V__Kingissepa_nim__kolhoos, lk 55
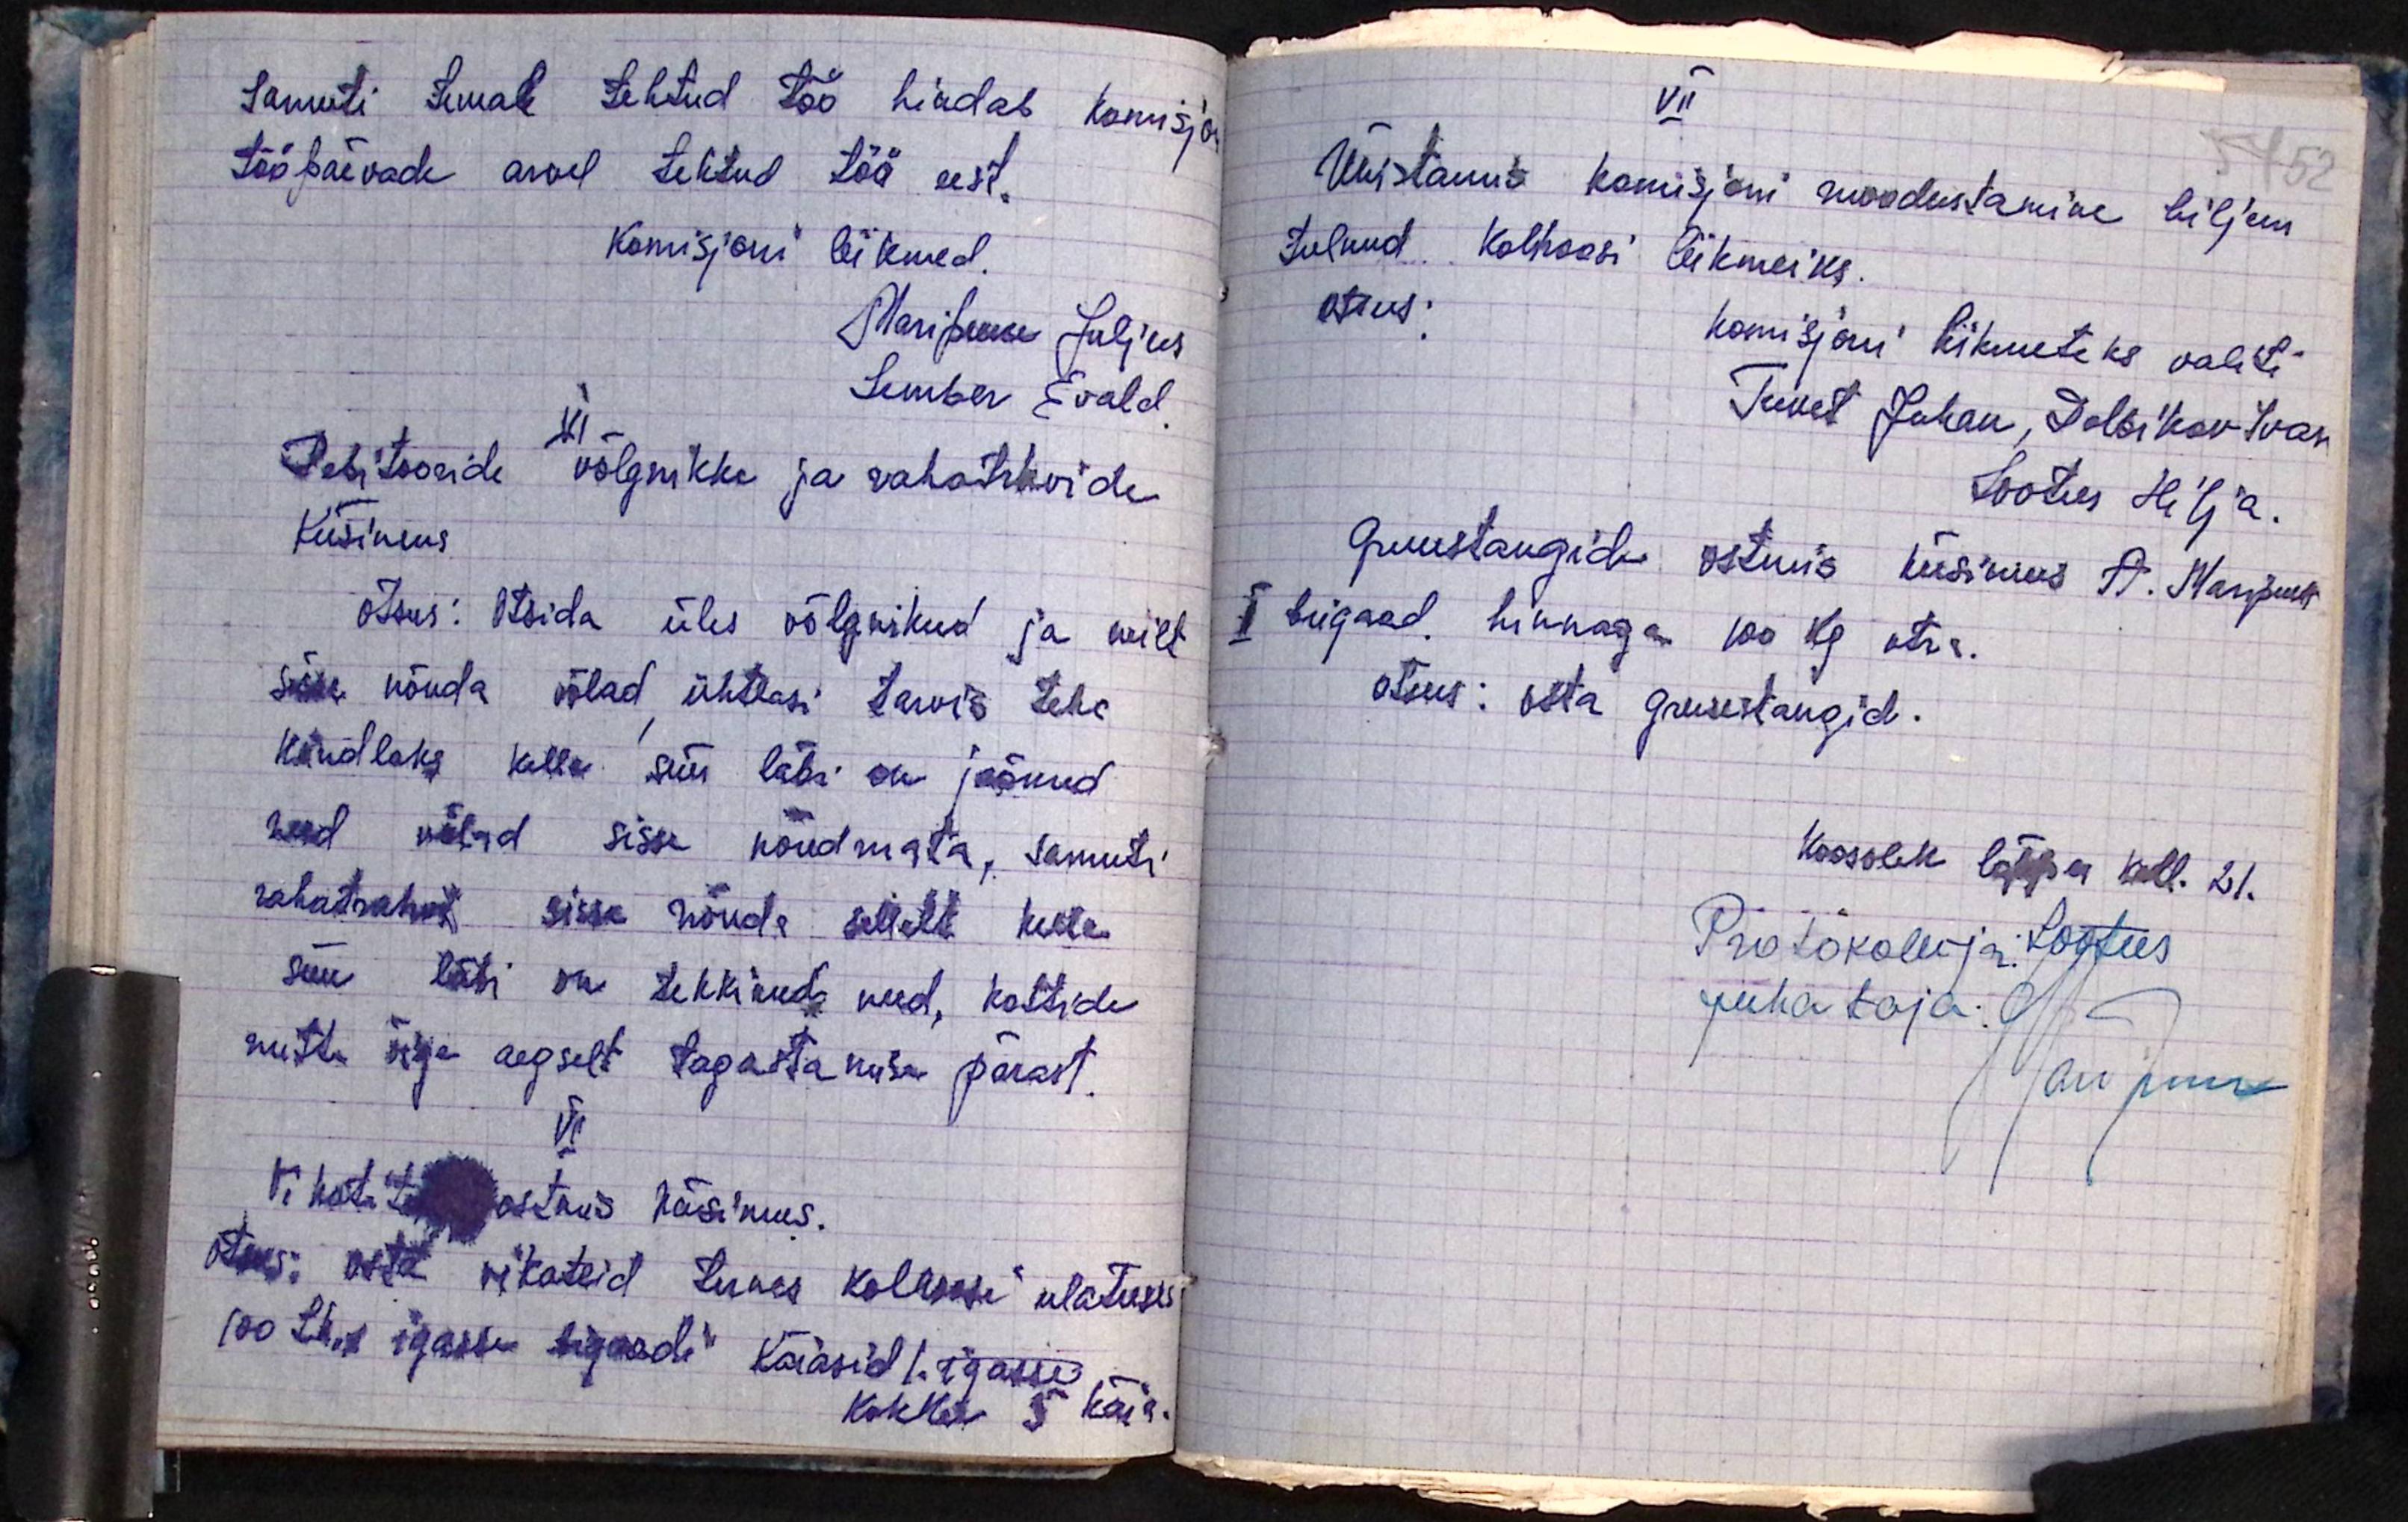
Samuti temale tehtud töö hindab komisjon
tööpäevade arvel tehtud töö eest.
Komisjoni liikmed.
Maripuu Juljus
Lember Evald.
VI
Debitooride võlgnikke ja rahatrhvide
Küsimus
Otsus: Otsida üles võlgnikud ja neilt
sisse nõuda võlad, ühtlasi tarvis teha
kindlaks kelle süü läbi on jäänud
need võlad sisse nõudmata, samuti
rahatrahvid sisse nõuda sellelt kelle
süü läbi on tekkinud need, kottide
mitte õige aegselt tagastamise pärast.
VI
Vikatite ostmis küsimus.
otsus: osta vikateid terves kolhoosi ulatuses
100 tk. igasse brigaadi Käiasid 1. igasse
Kokku 5 käia.

VII
Ühistamis komisjoni moodustamine hiljem
tulnud Kolhoosi liikmeiks.
otsus:
komisjoni liikmeteks valiti
Teevet Juhan, Dolbikov Ivan
Lootus Hilja.
Gruustangide ostmis küsimus A. Maripuult
I brigaad. hinnaga 100 kg otra.
otsus: osta gruustangid.
Koosolek lõppes kell. 21.
Protokollija: Lootus
juhataja:
AMaripuu